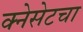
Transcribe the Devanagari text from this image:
क्नेसेटचा